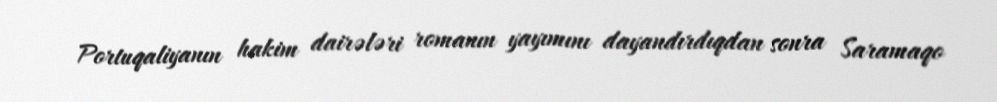
Portuqaliyanın hakim dairələri romanın yayımını dayandırdıqdan sonra Saramaqo